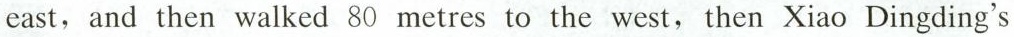
east, and then walked 80 metres to the west,then Xiao Dingding's